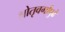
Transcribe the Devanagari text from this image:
श्रोतृवर्गापुढे